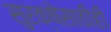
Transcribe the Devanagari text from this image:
सुरक्षेसाठीही